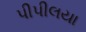
પીપીલયા